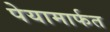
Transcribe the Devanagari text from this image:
पेयामार्फत